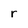
Character: r